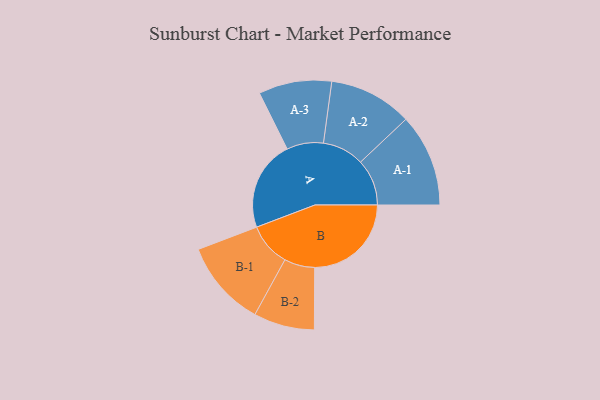
{"axis": {"x": "Segment", "y": "Value"}, "legend": ["", "A", "B"], "data": [{"x": "A", "y": 442, "type": ""}, {"x": "B", "y": 473, "type": ""}, {"x": "A-1", "y": 227, "type": "A"}, {"x": "A-2", "y": 204, "type": "A"}, {"x": "A-3", "y": 179, "type": "A"}, {"x": "B-1", "y": 212, "type": "B"}, {"x": "B-2", "y": 149, "type": "B"}]}